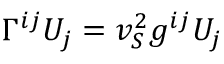
\Gamma ^ { i j } U _ { j } = v _ { S } ^ { 2 } g ^ { i j } U _ { j }